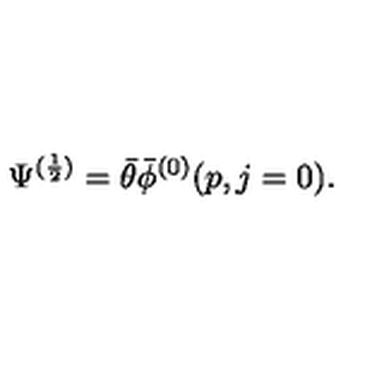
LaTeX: \Psi ^ { ( \frac { 1 } { 2 } ) } = \bar { \theta } \bar { \phi } ^ { ( 0 ) } ( p , j = 0 ) .